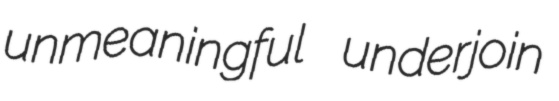
unmeaningful underjoin